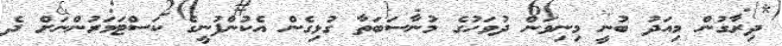
ދިރާގުން މިއަދު ބުނީ މިނިވަން ދުވަހުގެ މުނާސަބަތާ ގުޅިގެން އެކުންފުނީގެ ކަސްޓަމަރުންނަށް ދެ